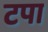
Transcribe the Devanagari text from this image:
टपा